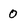
Character: 0